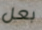
بعل